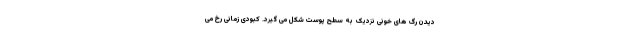
دیدن رگ های خونی نزدیک به سطح پوست شکل می گیرد. کبودی زمانی رخ می